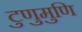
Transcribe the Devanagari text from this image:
टुणुमुणि